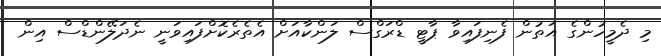
މި ދެމީހުންގެ އަތުން ފެނިފައިވާ ޕާޓީ ޑްރަގްސް ލަންކާއަށް އެތެރެކޮށްފައިވަނީ ނެދަލޭންޑްސް އިން